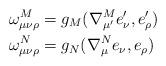
LaTeX: \begin{align*}\omega^M_{\mu\nu\rho}&=g_M(\nabla^M_{\mu'}e_{\nu}',e_{\rho}')\\\omega^N_{\mu\nu\rho}&=g_N(\nabla^N_\mu e_\nu,e_\rho)\end{align*}